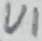
Text: U1